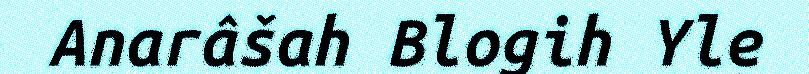
Anarâšah Blogih Yle